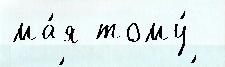
ма́я тому́